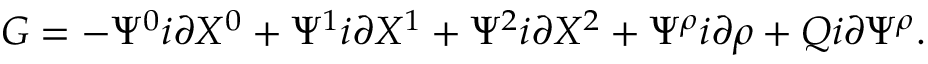
G = - \Psi ^ { 0 } i \partial X ^ { 0 } + \Psi ^ { 1 } i \partial X ^ { 1 } + \Psi ^ { 2 } i \partial X ^ { 2 } + \Psi ^ { \rho } i \partial \rho + Q i \partial \Psi ^ { \rho } .